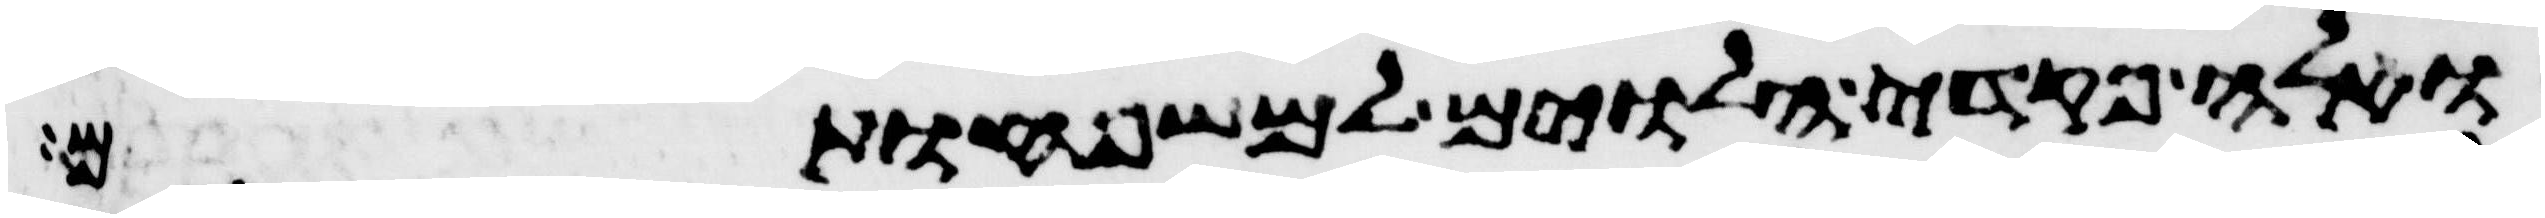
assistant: ואלה פקדי הלוים למשפחותם